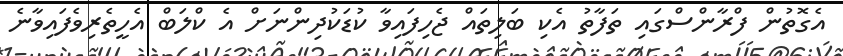
އެގޮތުން ފްރާންސްގައި ތަފާތު އެކި ބަލިތައް ޖެހިފައިވާ ކުޑަކުދިންނަށް އެ ކްލަބް އެހީތެރިވެފައިވާނެ